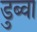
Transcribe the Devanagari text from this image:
डुब्वा